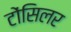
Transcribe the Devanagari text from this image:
टोंसिलर